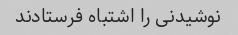
نوشیدنی را اشتباه فرستادند